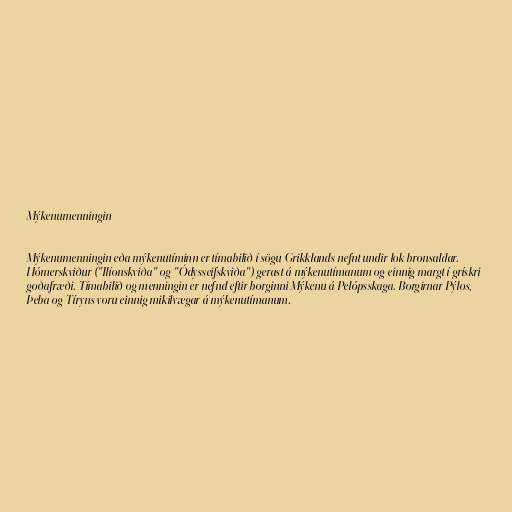
Mýkenumenningin

Mýkenumenningin eða mýkenutíminn er tímabilið í sögu Grikklands nefnt undir lok bronsaldar.
Hómerskviður ("Ilíonskviða" og "Ódysseifskviða") gerast á mýkenutímanum og einnig margt í grískri
goðafræði. Tímabilið og menningin er nefnd eftir borginni Mýkenu á Pelópsskaga. Borgirnar Pýlos,
Þeba og Tíryns voru einnig mikilvægar á mýkenutímanum.